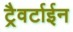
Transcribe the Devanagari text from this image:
ट्रैवर्टाईन